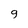
Character: 9